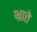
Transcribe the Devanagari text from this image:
भ्राते